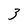
Character: 3